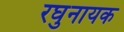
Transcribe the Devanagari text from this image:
रघुनायक